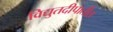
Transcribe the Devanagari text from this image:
विद्युतदीपातील